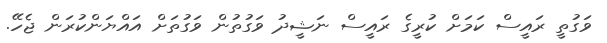
ވަގުތީ ރައީސް ކަމަށް ކުރީގެ ރައީސް ނަޝީދު ވަގުތުން ވަގުތަށް އައްޔަންކުރަން ޖެހޭ.